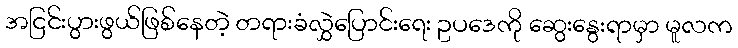
အငြင်းပွားဖွယ်ဖြစ်နေတဲ့ တရားခံလွှဲပြောင်းရေး ဥပဒေကို ဆွေးနွေးရာမှာ မူလက